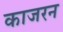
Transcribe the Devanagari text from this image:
काजरन